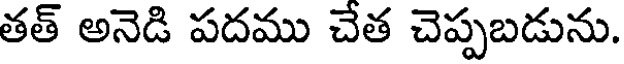
తత్ అనెడి పదము చేత చెప్పబడును.